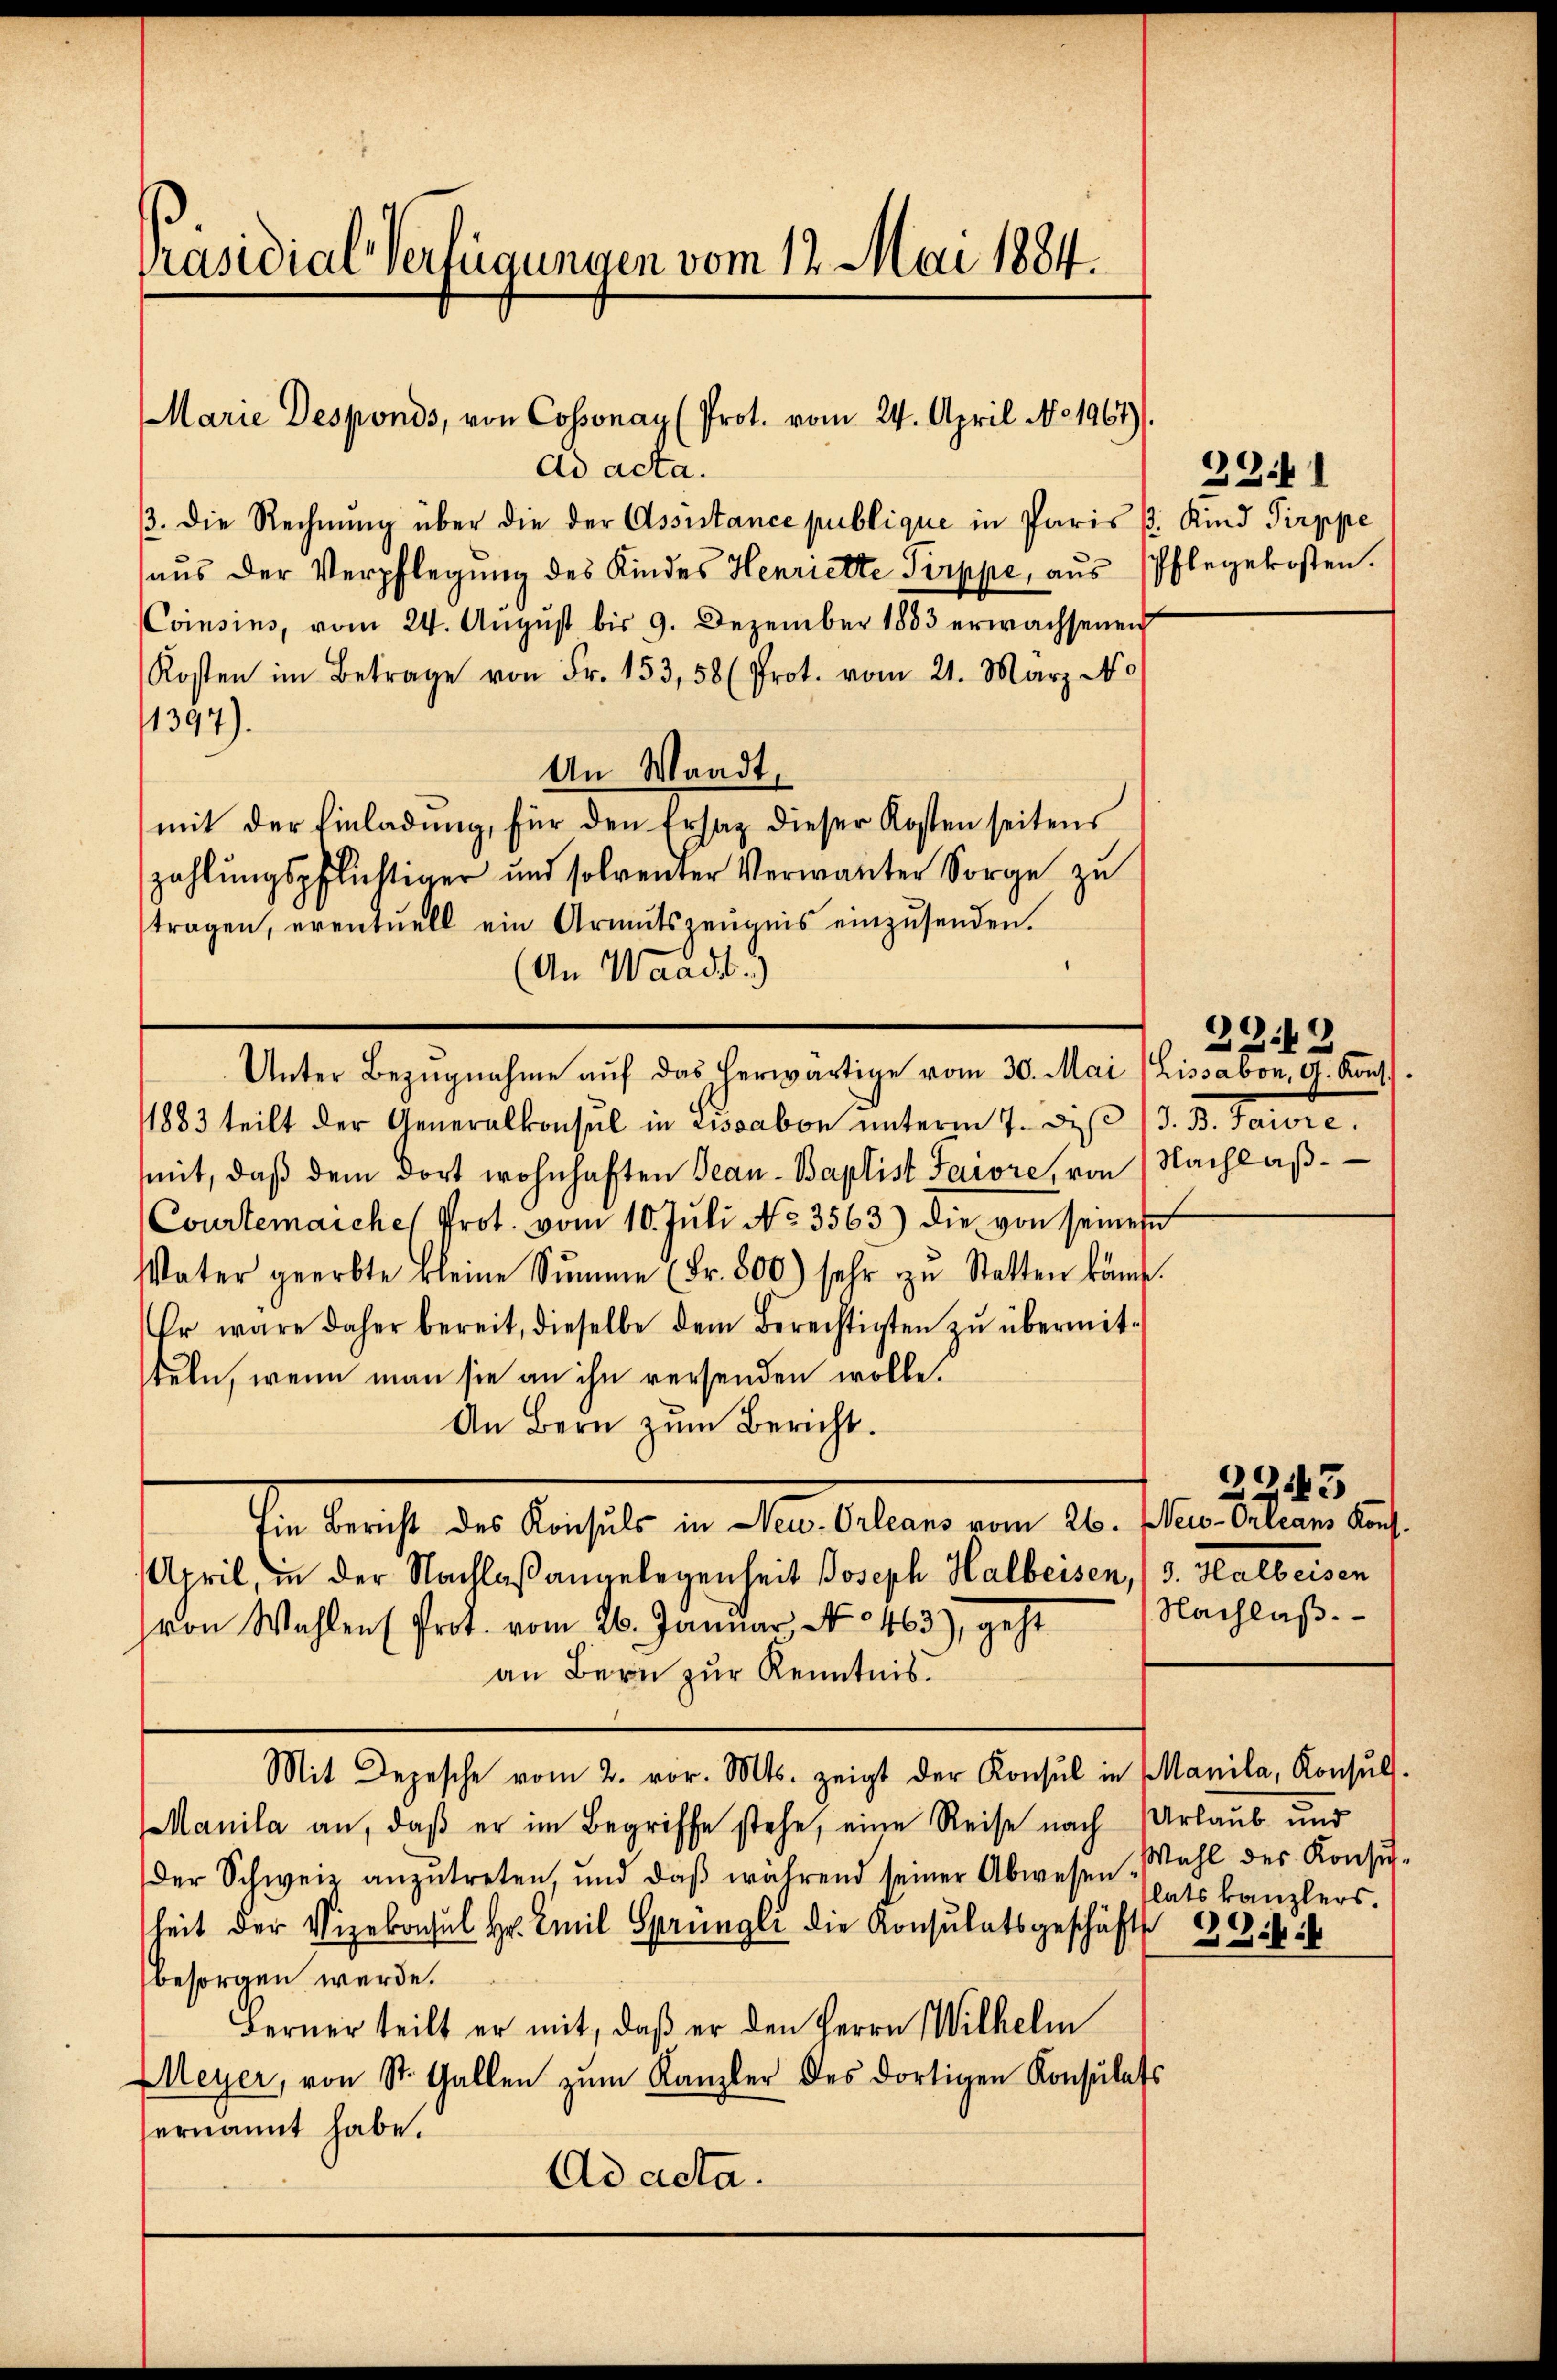
Präsidial-Verfügungen vom 12. Mai 1884.

Ad acta.
13. Die Rechnung über die der Assistance publique in Paris 1. Kind Pirppe
aŭs der Verpflegŭng des Kindes Henriette Pirppe, aŭs Pflegekosten.
(Coisins, vom 24. August bis 9. Dezember 1883 erwachsenen
Kosten im Betrage von Fr. 153, 58 (Prot. vom 21. März No
1397)
An Waadt,
mit der Einladung, für den Ersatz dieser Kosten seitens
zahlŭngspflichtiger und solventer Verwanter Sorge zu
tragen, eventuell ein Armutszeŭgnis einzŭsenden.
(An Waadt.)
Unter Bezŭgnahme aŭf das herwärtige vom 30. Mai (Lissabon, G. Kont
1883 teilt der Generalkonsul in Lissabon ŭnterm 7. diβ /3. B. Saivre
mit, daβ dem dort wohnhaften Beau-Baptist Saiore, von Nachlaβ-
(Courtenaiche Prot. vom 10. Jŭli No. 3563) die von seinem
Vater geerbte kleine Summe (Fr. 800) sehr zu Statten könne.
Er wäre daher bereit, dieselbe dem Berechtigten zŭ übermit-
teln, wenn man sie an ihn versenden wolle.
An Bern zum Bericht.
Ein Bericht der Anstalt in alten Kellen vom 10. Jun. Altern aus
April, in der Nachlaßangelegenheit Joseph Halbeisen, 3. Halbeisen
von Wahlen (Prot. vom 26. Januar, No 463), geht
an Bern zur Kenntnis.
Mit Depesche vom 2. vor. Mts. zeigt der Konsul in Manila, Konsŭlt.
Manila an, daß er im Begriffe stehe, eine Reise nach Urlaub und
der Schweiz anzŭtreten, und daβ während seiner Abwesen Wahl des Konsŭf-
heit der Vizekonsul Hr. Emil Sprüngli die Konsulatsgeschäfts Gesch
besorgen werde.
Ferner teilt er mit, daß er den Herrn Wilhelm
Meyer, von St. Gallen zŭm Kanzler des dortigen Konsulats
hernannt habe.
Ad acta.

Marie Desponds, von Cossonay (Prot. vom 24. April No 1961).

3341

22.2

0043
Nachlaß.

latskanzlers.